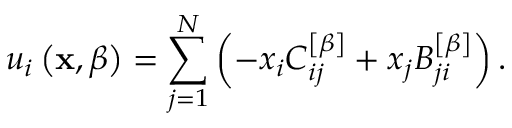
u _ { i } \left( \mathbf { x } , \beta \right) = \sum _ { j = 1 } ^ { N } \left( - x _ { i } C _ { i j } ^ { \left[ \beta \right] } + x _ { j } B _ { j i } ^ { \left[ \beta \right] } \right) .